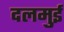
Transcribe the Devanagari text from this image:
दलमुई